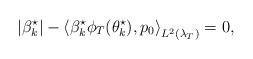
LaTeX: \begin{align*}| \beta^\star_k| - \left \langle \beta_k^\star \phi_{T}(\theta^\star_k),p_0 \right \rangle_{L^2(\lambda_T)} = 0,\end{align*}